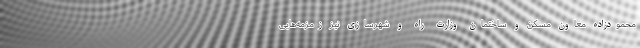
محمودزاده معاون مسکن و ساختمان وزارت راه و شهرسازی نیز زمزمه‌هایی